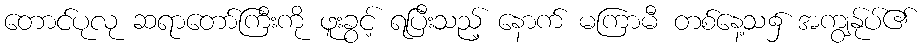
တောင်ပုလု ဆရာတော်ကြီးကို ဖူးခွင့် ရပြီးသည့် နောက် မကြာမီ တစ်နေ့သ၌ အကျွန်ုပ်၏